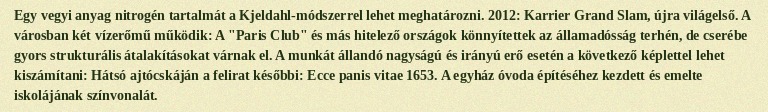
Egy vegyi anyag nitrogén tartalmát a Kjeldahl-módszerrel lehet meghatározni. 2012: Karrier Grand Slam, újra világelső. A városban két vízerőmű működik: A "Paris Club" és más hitelező országok könnyítettek az államadósság terhén, de cserébe gyors strukturális átalakításokat várnak el. A munkát állandó nagyságú és irányú erő esetén a következő képlettel lehet kiszámítani: Hátsó ajtócskáján a felirat későbbi: Ecce panis vitae 1653. A egyház óvoda építéséhez kezdett és emelte iskolájának színvonalát.